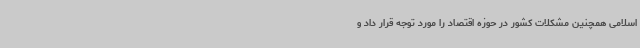
اسلامی همچنین مشکلات کشور در حوزه اقتصاد را مورد توجه قرار داد و